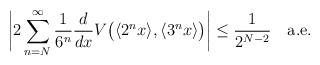
LaTeX: \begin{align*}\biggl|2\sum_{n=N}^\infty\frac{1}{6^n}\frac{d}{dx} V\bigl( \langle 2^n x\rangle, \langle 3^n x\rangle\bigr)\biggr|\le\frac{1}{2^{N-2}}\quad\hbox{a.e.}\end{align*}